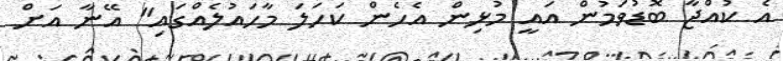
އެ ކުއްޖާ ބޮޑުވަމުން އައީ މުޅިން އެހެން ކަހަލަ މާހައުލެއްގައި" އޭނާ އަށް